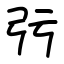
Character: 㢪